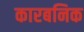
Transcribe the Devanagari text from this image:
कारबनिक